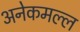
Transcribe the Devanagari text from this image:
अनेकमल्ल